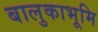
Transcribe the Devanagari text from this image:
बालुकाभूमि